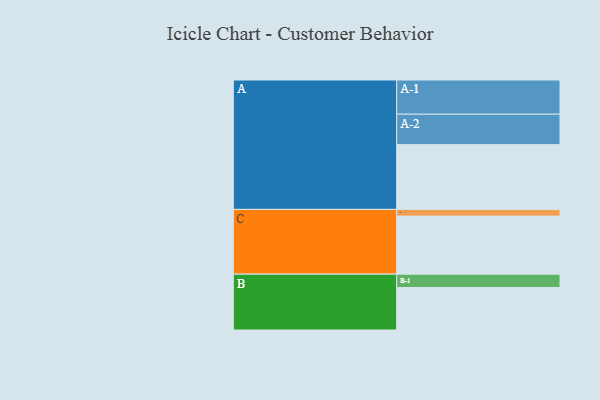
{"axis": {"x": "Segment", "y": "Value"}, "legend": ["", "A", "B", "C"], "data": [{"x": "A", "y": 523, "type": ""}, {"x": "B", "y": 343, "type": ""}, {"x": "C", "y": 469, "type": ""}, {"x": "A-1", "y": 276, "type": "A"}, {"x": "A-2", "y": 246, "type": "A"}, {"x": "B-1", "y": 108, "type": "B"}, {"x": "C-1", "y": 54, "type": "C"}]}